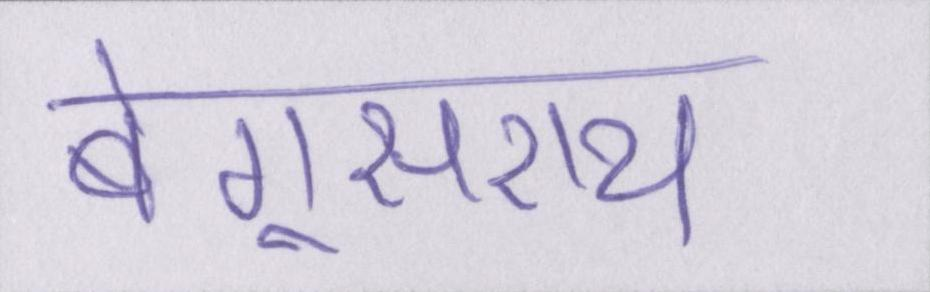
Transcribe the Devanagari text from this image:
बेगूसराय